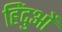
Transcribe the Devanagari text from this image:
हिंदुआें